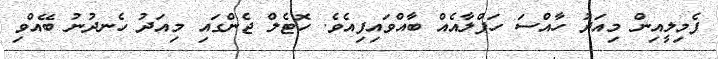
ފެމިލީއިން މިއަދު ހާއްސަ ހަފްލާއެއް ބާއްވައިފިއެވެ. ހޮޓެލް ޖެންގައި މިއަދު ހެނދުނު ބޭއްވި